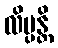
လိမ္ပန္တိ